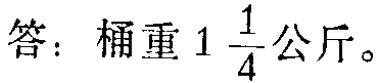
答：桶重\(1\frac{1}{4}\)公斤。